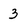
Character: 3